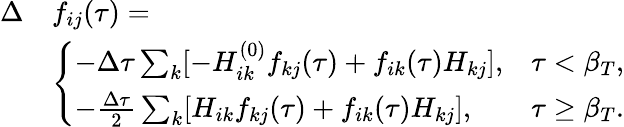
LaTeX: \begin{array}{rl}{\Delta}&{f_{ij}(\tau)=}\\ &{\left\{ \begin{array}{ll}{-\Delta\tau\sum_{k}[-H_{ik}^{(0)}f_{kj}(\tau)+f_{ik}(\tau)H_{kj}],}&{\tau<\beta_{T},}\\ {-\frac{\Delta\tau}{2}\sum_{k}[H_{ik}f_{kj}(\tau)+f_{ik}(\tau)H_{kj}],}&{\tau\ge\beta_{T}.}\end{array}\right.}\end{array}